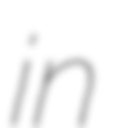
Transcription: in